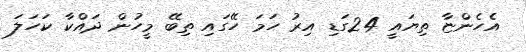
އެހެންޏާ ތިޔައީ 24ގަޑި އިރު ހަމަ ހޭގައި ތިބޭ މީހުން ދައްކާ ކަހަލަ